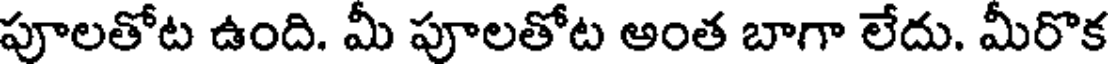
పూలతోట ఉంది. మీ పూలతోట అంత బాగా లేదు. మీరొక